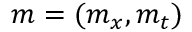
\boldsymbol { m } = ( \boldsymbol { m } _ { x } , m _ { t } )